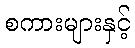
စကားများနှင့်